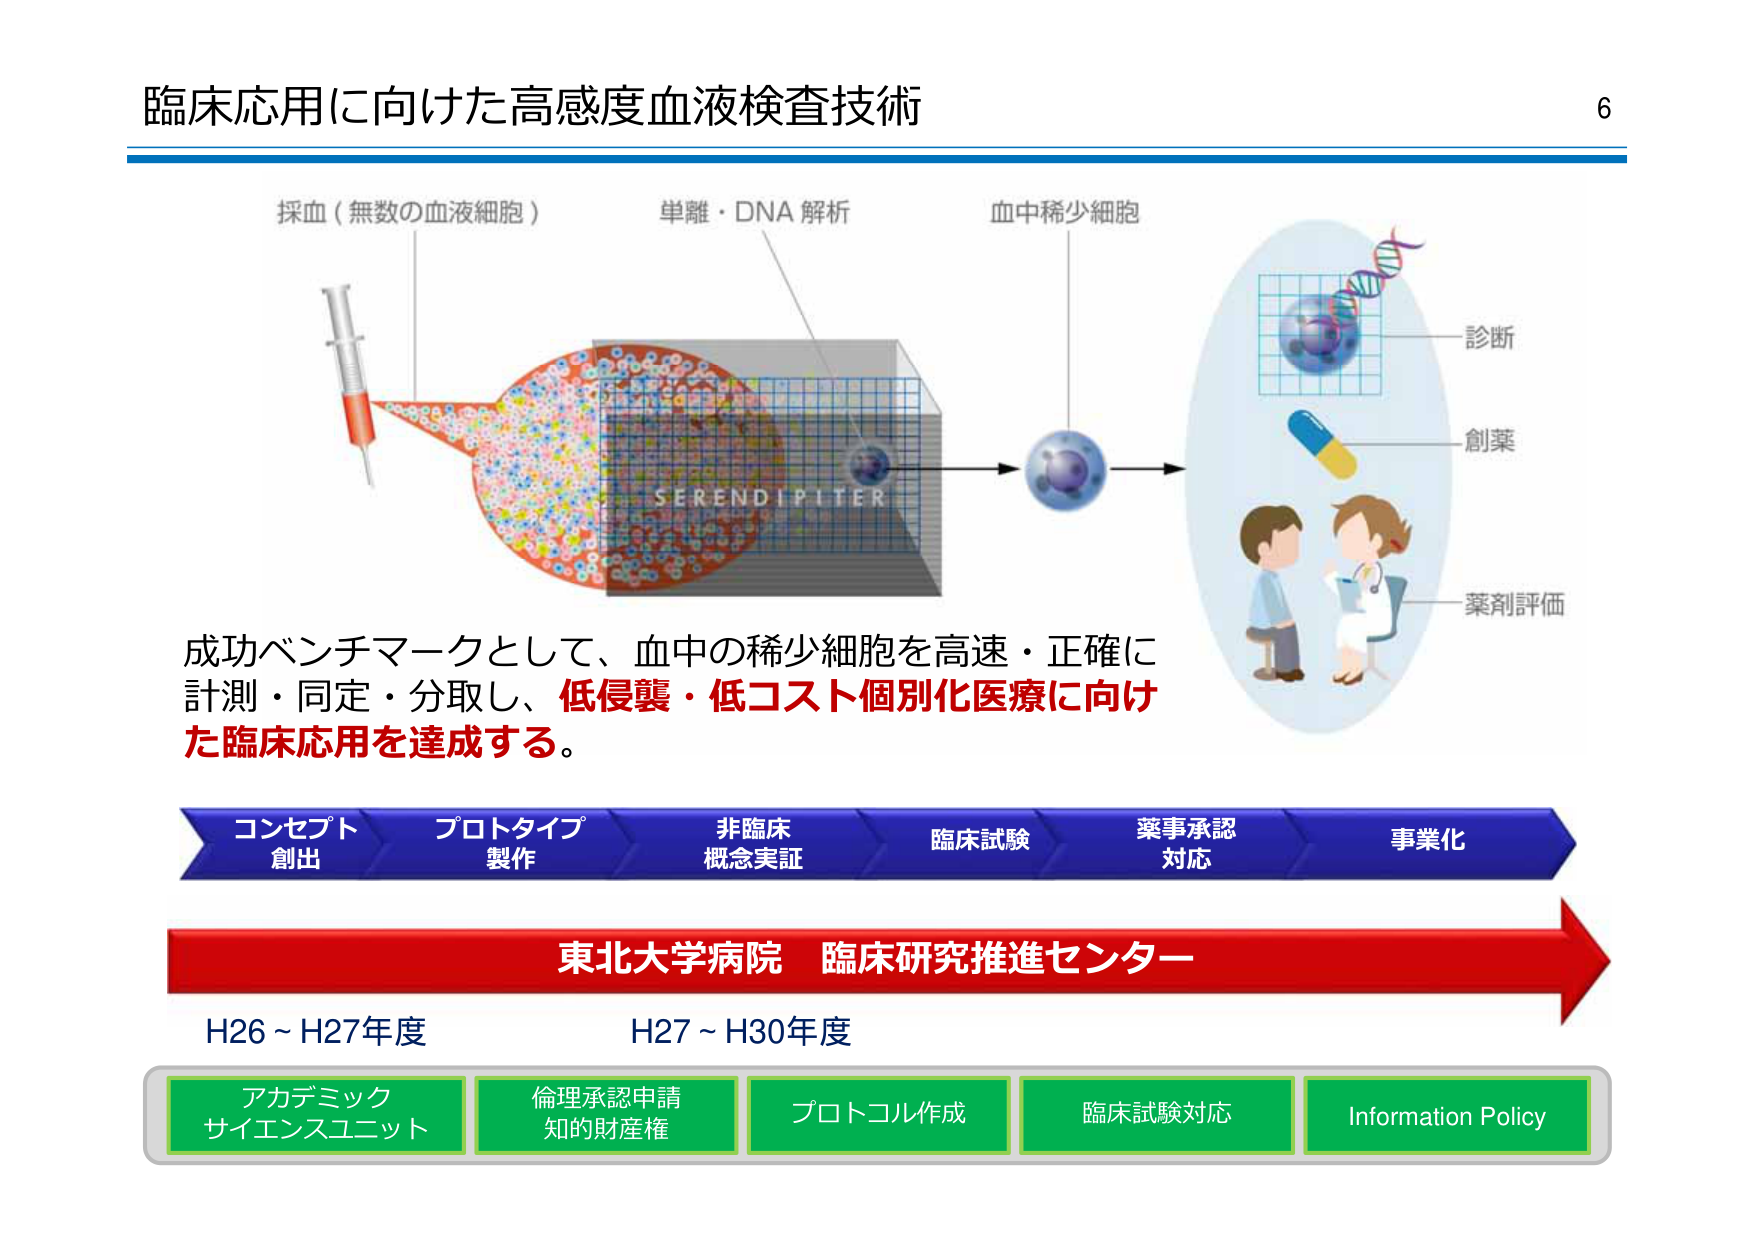
臨床応用に向けた高感度血液検査技術

採血（無数の血液細胞）
単離・DNA 解析
血中稀少細胞

SERENDIPITER

診断
創薬
薬剤評価

成功ベンチマークとして、血中の稀少細胞を高速・正確に
計測・同定・分取し、低侵襲・低コスト個別化医療に向け
た臨床応用を達成する。

コンセプト
創出
プロトタイプ
製作
非臨床
概念実証
臨床試験
薬事承認
対応
事業化

東北大学病院 臨床研究推進センター

H26～H27年度
H27～H30年度

アカデミック
サイエンスユニット
倫理承認申請
知的財産権
プロトコル作成
臨床試験対応
Information Policy

6